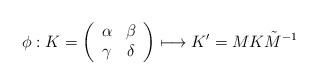
LaTeX: \begin{align*}\phi: K=\left(\begin{array}{cc}\alpha & \beta \\\gamma & \delta \\\end{array}\right)\longmapsto K' = M K \tilde{M}^{-1}\end{align*}